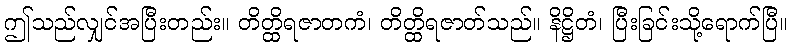
ဤသည်လျှင်အပြီးတည်း။ တိတ္ထိရဇာတကံ၊ တိတ္ထိရဇာတ်သည်။ နိဋ္ဌိတံ၊ ပြီးခြင်းသို့ရောက်ပြီ။